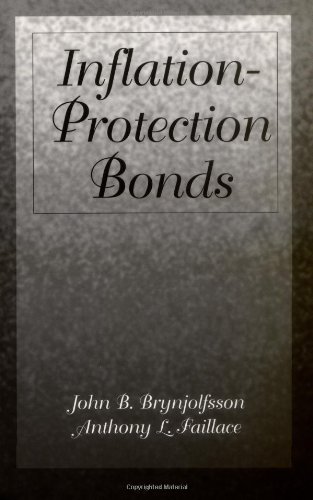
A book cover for Inflation Protection Bonds; John Brynjolfsson; Business & Money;